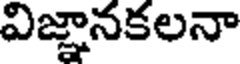
విజ్ఞానకలనా